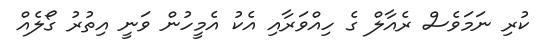
ކުރި ނަމަވެސް ރެއާލް ގެ ހިއްވަރާއި އެކު އެމީހުން ވަނީ އިތުރު ގޯލެއް